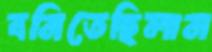
বনিতেছিলাম